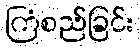
ကြံစည်ခြင်း